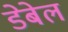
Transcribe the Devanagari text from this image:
डेबेल